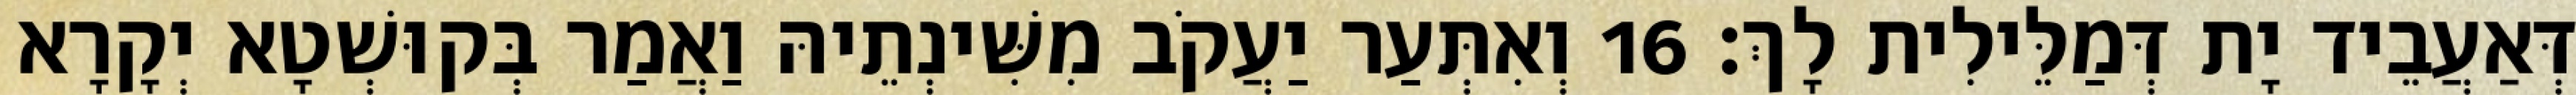
דְּאַעֲבֵיד יָת דְּמַלֵּילִית לָךְ׃ 16 וְאִתְּעַר יַעֲקֹב מִשִּׁינְתֵיהּ וַאֲמַר בְּקוּשְׁטָא יְקָרָא